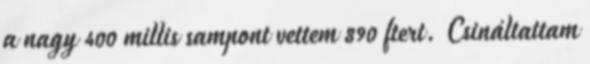
a nagy 400 millis sampont vettem 890 ftert. Csináltattam